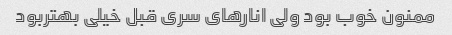
ممنون خوب بود ولی انارهای سری قبل خیلی بهتربود